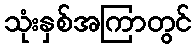
သုံးနှစ်အကြာတွင်